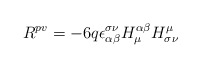
\begin{align*}R^{pv} = -6q\epsilon_{\alpha\beta}^{\sigma\nu} H_{\mu}^{\alpha\beta} H_{\sigma\nu}^{\mu}\end{align*}